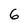
Character: 6